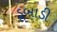
ડૂબાડી